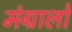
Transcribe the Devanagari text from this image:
मंग्रालो